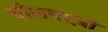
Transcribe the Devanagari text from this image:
चीलबाज़ी